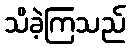
သိခဲ့ကြသည်